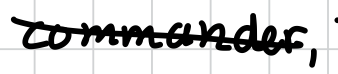
Text: commander,
Cross-out: diagonal
Writing tool: digital_black